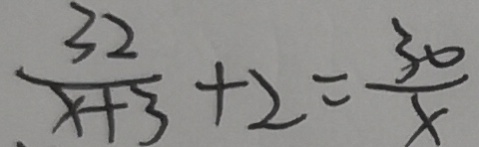
\frac { 3 2 } { x + 3 } + 2 = \frac { 3 0 } { x }